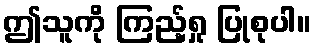
ဤသူကို ကြည့်ရှု ပြုစုပါ။